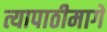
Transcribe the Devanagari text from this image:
त्यापाठीमागे